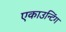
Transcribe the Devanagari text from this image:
एकाउन्टिंग